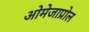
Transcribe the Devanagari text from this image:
ओमेजाप्रोल